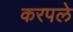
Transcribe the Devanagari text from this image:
करपले